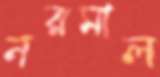
নরমাল